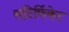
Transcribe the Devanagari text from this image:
सटिर्फिकेट